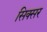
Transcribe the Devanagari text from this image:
सिक्सर